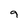
Character: 9